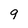
Character: q